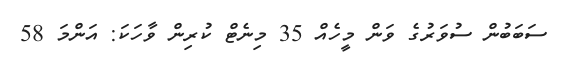
ސަބަބުން ސުވަރުގެ ވަން މީހެއް 35 މިނެޓް ކުރިން ވާހަކަ: އަންމަ 58